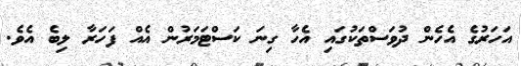
އަހަރުގެ އެހެން ދުވަސްތަކުގައި އެހާ ގިނަ ކަސްޓަމަރުން އެއް ފަހަރާ ލިބެ އެވެ.